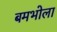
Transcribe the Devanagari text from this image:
बमभोला